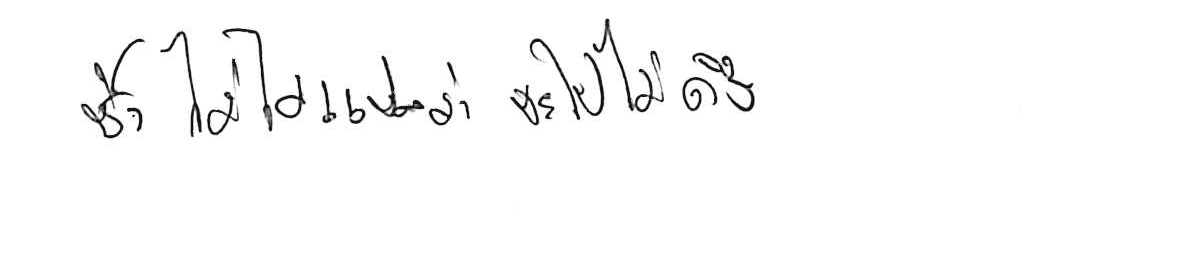
ช้า ไม่ได้แปลว่า จะไปไม่ถึง